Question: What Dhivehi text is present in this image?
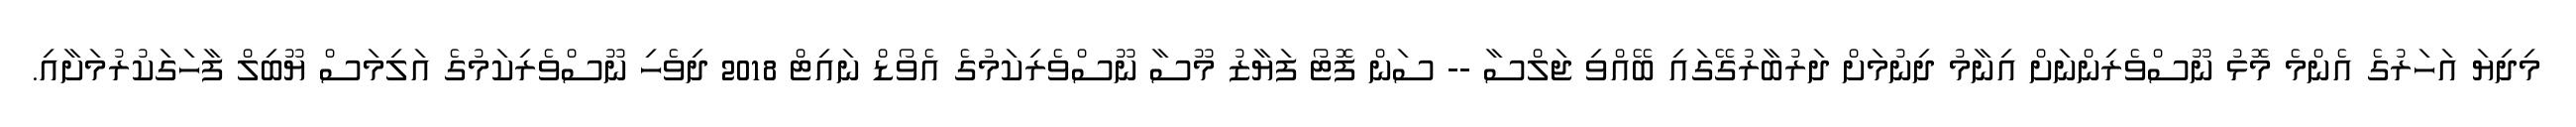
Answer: މިދިޔަ އަހަރުގެ އެންމެ މޮޅު ނޫސްވެރިންނަށް އިނާމު ދިނުމަށް ދަރުބާރުގޭގައި ބޭއްވި ޖަލްސާ -- ސަން ފޮޓޯ ފަޔާޒު މޫސާ ނޫސްވެރިކަމުގެ އެވޯޑް ނައިޓް 2018 ދިވެހި ނޫސްވެރިކަމުގެ އަލިމަސް ޔޫބިލް ފާހަގަކުރުމަށާއި.